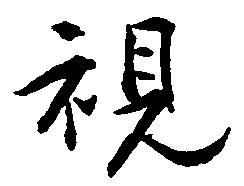
視